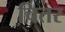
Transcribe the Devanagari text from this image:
चितर